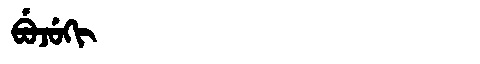
Manchu: ᠪᡠᠵᡠᡴᡳ
Romanization: BUJUKI